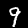
Digit: 9